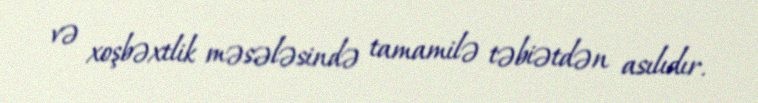
və xoşbəxtlik məsələsində tamamilə təbiətdən asılıdır.